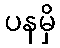
ပနမှိ